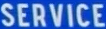
SERVICE